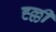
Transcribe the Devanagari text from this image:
ह्ल्ली